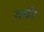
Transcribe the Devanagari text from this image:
व्लॉग